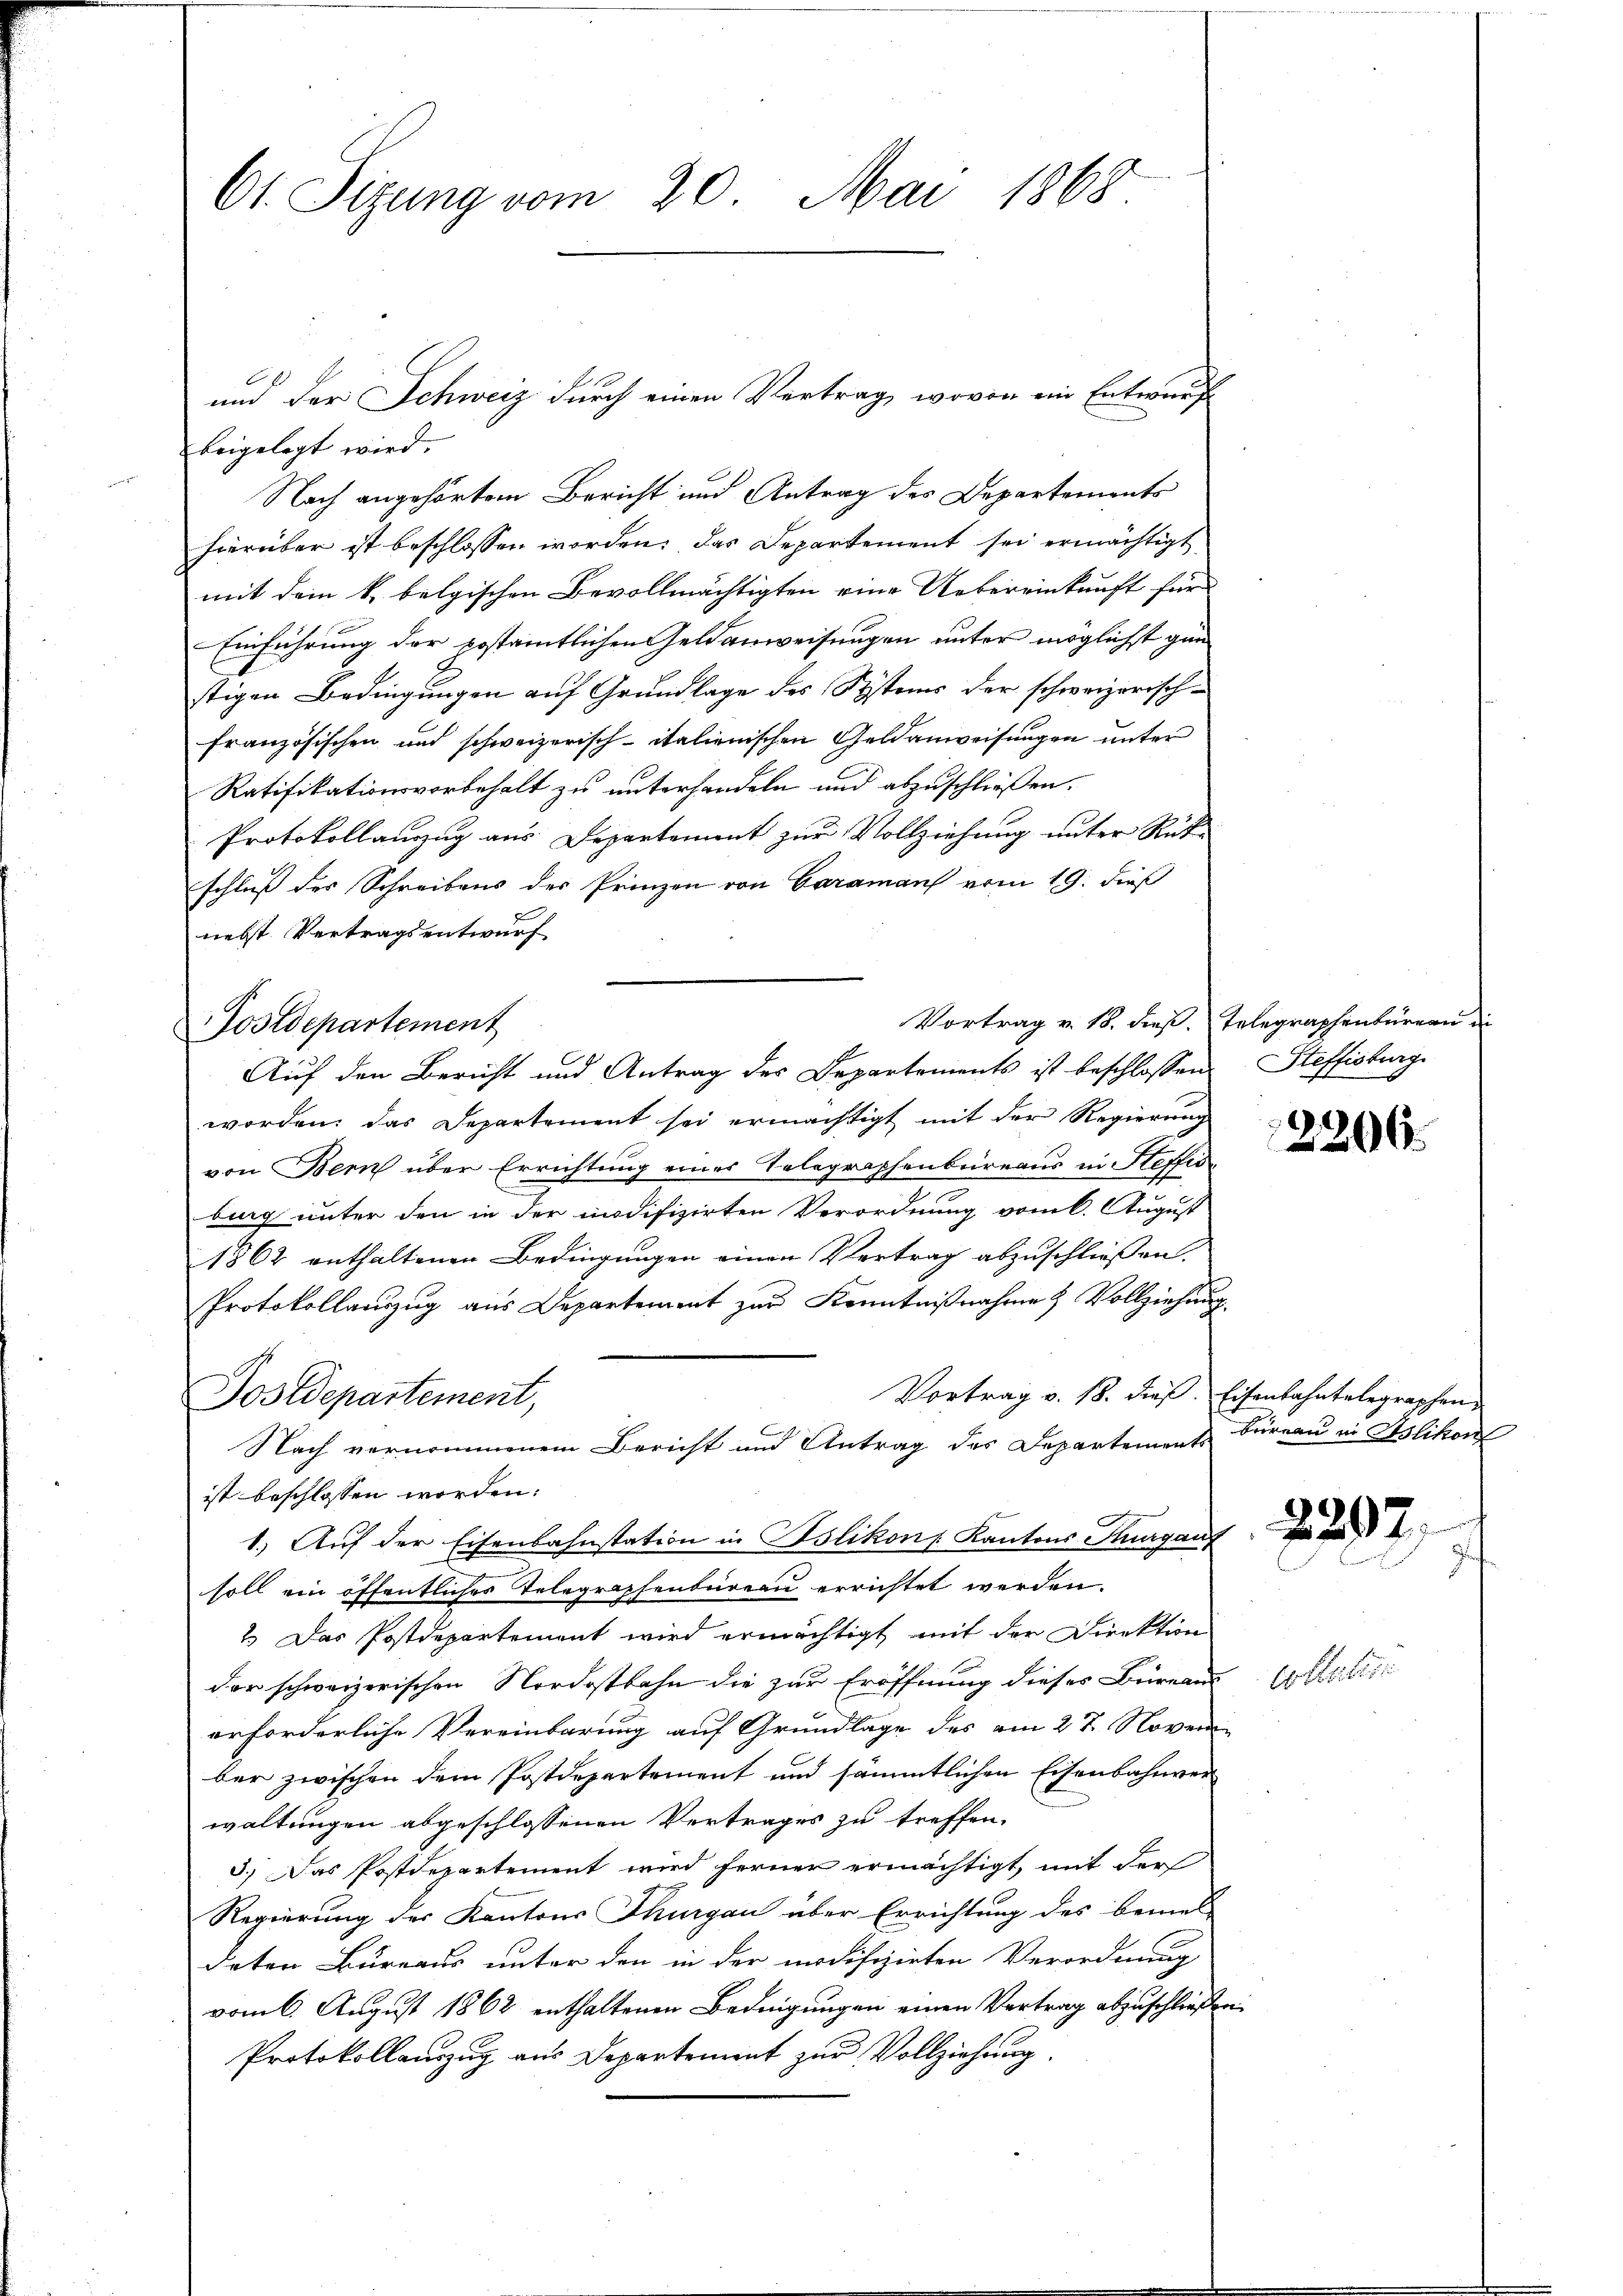
Ct. Sizung vom 20. Mai 1868

und der Schweiz durch einen Vertrag, wovon ein Entwurfe
beigelegt wird.
Nach angehörtem Bericht und Antrag des Departements
hierüber ist beschlossen worden; das Departement sei ermächtigt
mit dem k. belgischen Bevollmächtigten eine Uebereinkunft für
Einführung der postamtlichen Geldanweisungen unter möglichst gan
stigen Bedingungen auf Grundlage des Systems der schweizerischfranzösischen und schweizerisch-italienischen Geldanweisungen unter
Ratifikationsvorbehalt zu unterhandeln und abzuschließen.
Protokollauszug aus Departement zur Vollziehung unter Rückschluß der Schreibens des Prinzen von Caramans vom 19. dieß
nebst Vertragsentwurf
Vortrag v. 18. dieß. Telegraphenbüreau
Postdepartement
Auf den Bericht und Antrag des Departements ist beschlossen, Steffisburg
worden; das Departement sei ermächtigt mit der Regierung
von Bern über Errichtung eines Telegraphenbureaus in Steffisbug unter den in der modifizirten Verordnung vom 6. August
1862 enthaltenen Bedingungen einen Vertrag abzuschliessen.
Protokollauszug aus Departement zur Kenntnißnahme & Vollziehung.
Vortrag v. 18. dieß. Eisenbahntelegraphen
Postdepartement,
Nach vernommenem Bericht und Antrag des Departement Bureau in Islikon
ist beschlossen worden.
1.) Auf der Eisenbahnstation in Islikon Kantons Kurgauf
soll ein öffentliches Telegraphenbureau errichtet werden.
2.) Das Postdepartement wird ermächtigt mit der Direktion
der schweizerischen Nordostbahn die zur Eröffnung dieses Büreaus
erforderliche Vereinbarung auf Grundlage des am 27. Novem
ber zwischen dem Postdepartement und sämmtlichen Eisenbahnverwaltungen abgeschlossenen Vertrages zu treffen.
5.) Das Postdepartement wird ferner ermächtigt, mit der
Regierung des Kantons Thurgau über Errichtung des bemel-
deten Bureaus unter den in der modifizirten Verordnung
vom 6. August 1862 enthaltenen Bedingungen einen Vertrag abzuschließen
Protokollauszug aus Departement zur Vollziehung.

2206

2297.

Cottesti